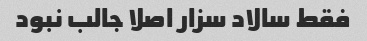
فقط سالاد سزار اصلا جالب نبود